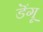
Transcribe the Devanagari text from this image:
डॆंगू